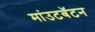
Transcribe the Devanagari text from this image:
मांउटबॅटन